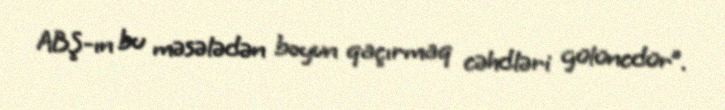
ABŞ-ın bu məsələdən boyun qaçırmaq cəhdləri gülüncdür”.